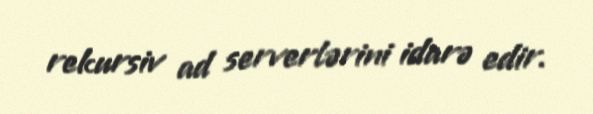
rekursiv ad serverlərini idarə edir.